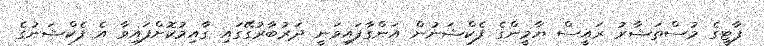
ޕާޓީގެ މުސްތަޝާރު ރައީސް ޔާމީންގެ ފެކްޝަނުން އަންގާފައިވަނީ ދަރުބާރުގޭގައި ގާއިމުކޮށްފައިވާ އެ ފެކްޝަނުގެ